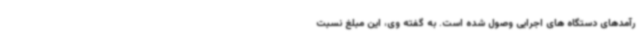
رآمدهای دستگاه های اجرایی وصول شده است. به گفته وی، این مبلغ نسبت